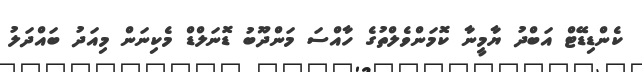
ކެންޑިޑޭޓް އަބްދު ޔާމީނާ ކޮމަންވެލްތުގެ ހާއްސަ މަންދޫބު ޑޮނަލްޑް މެކިނަން މިއަދު ބައްދަލު